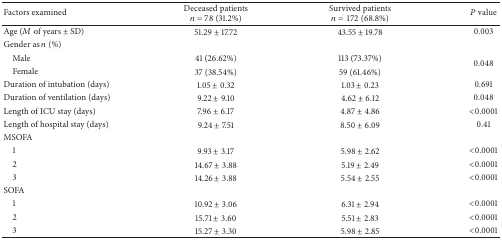
| Factors examined | Deceased patients n = 78 (31.2%) | Survived patients n = 172 (68.8%) | P value |
 | --- | --- | --- | --- |
 | Age (M of years ± SD) | 51.29 ± 17.72 | 43.55 ± 19.78 | 0.003 |
 | Gender as n (%) |  |  |  |
 | Male | 41 (26.62%) | 113 (73.37%) | <ROWSPAN=2> 0.048 |
 | Female | 37 (38.54%) | 59 (61.46%) |
 | Duration of intubation (days) | 1.05 ± 0.32 | 1.03 ± 0.23 | 0.691 |
 | Duration of ventilation (days) | 9.22 ± 9.10 | 4.62 ± 6.12 | 0.048 |
 | Length of ICU stay (days) | 7.96 ± 6.17 | 4.87 ± 4.86 | <0.0001 |
 | Length of hospital stay (days) | 9.24 ± 7.51 | 8.50 ± 6.09 | 0.41 |
 | MSOFA |  |  |  |
 | 1 | 9.93 ± 3.17 | 5.98 ± 2.62 | <0.0001 |
 | 2 | 14.67 ± 3.88 | 5.19 ± 2.49 | <0.0001 |
 | 3 | 14.26 ± 3.88 | 5.54 ± 2.55 | <0.0001 |
 | SOFA |  |  |  |
 | 1 | 10.92 ± 3.06 | 6.31 ± 2.94 | <0.0001 |
 | 2 | 15.71 ± 3.60 | 5.51 ± 2.83 | <0.0001 |
 | 3 | 15.27 ± 3.30 | 5.98 ± 2.85 | <0.0001 |